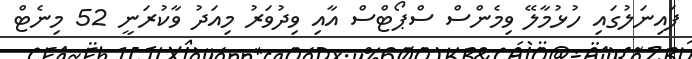
ފައިނަލުގައި ހުޅުމާލޭ ވިމެންސް ސްޕޯޓްސް އާއި ވިދުވަރު މިއަދު ވާކުރަނީ 52 މިނެޓް